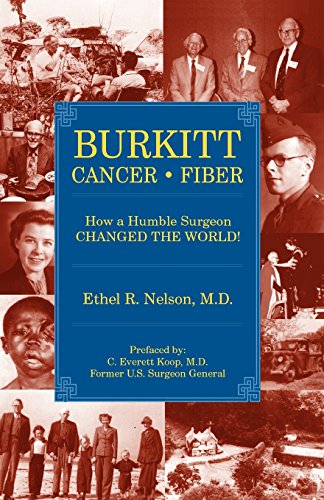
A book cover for Burkitt Cancer Fiber; Ethel R. Nelson; Health, Fitness & Dieting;